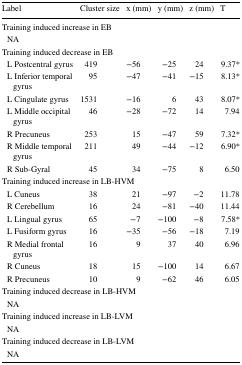
<table><thead><tr><td><b>Label</b></td><td><b>Cluster size</b></td><td><b>x (mm)</b></td><td><b>y (mm)</b></td><td><b>z (mm)</b></td><td><b>T</b></td></tr></thead><tbody><tr><td colspan="6">Training induced increase in EB</td></tr><tr><td> NA</td><td></td><td></td><td></td><td></td><td></td></tr><tr><td colspan="6">Training induced decrease in EB</td></tr><tr><td> L Postcentral gyrus</td><td>419</td><td>−56</td><td>−25</td><td>24</td><td>9.37*</td></tr><tr><td> L Inferior temporal gyrus</td><td>95</td><td>−47</td><td>−41</td><td>−15</td><td>8.13*</td></tr><tr><td> L Cingulate gyrus</td><td>1531</td><td>−16</td><td>6</td><td>43</td><td>8.07*</td></tr><tr><td> L Middle occipital gyrus</td><td>46</td><td>−28</td><td>−72</td><td>14</td><td>7.94</td></tr><tr><td> R Precuneus</td><td>253</td><td>15</td><td>−47</td><td>59</td><td>7.32*</td></tr><tr><td> R Middle temporal gyrus</td><td>211</td><td>49</td><td>−44</td><td>−12</td><td>6.90*</td></tr><tr><td> R Sub-Gyral</td><td>45</td><td>34</td><td>−75</td><td>8</td><td>6.50</td></tr><tr><td colspan="6">Training induced increase in LB-HVM</td></tr><tr><td> L Cuneus</td><td>38</td><td>21</td><td>−97</td><td>−2</td><td>11.78</td></tr><tr><td> R Cerebellum</td><td>16</td><td>24</td><td>−81</td><td>−40</td><td>11.44</td></tr><tr><td> L Lingual gyrus</td><td>65</td><td>−7</td><td>−100</td><td>−8</td><td>7.58*</td></tr><tr><td> L Fusiform gyrus</td><td>16</td><td>−35</td><td>−56</td><td>−18</td><td>7.19</td></tr><tr><td> R Medial frontal gyrus</td><td>16</td><td>9</td><td>37</td><td>40</td><td>6.96</td></tr><tr><td> R Cuneus</td><td>18</td><td>15</td><td>−100</td><td>14</td><td>6.67</td></tr><tr><td> R Precuneus</td><td>10</td><td>9</td><td>−62</td><td>46</td><td>6.05</td></tr><tr><td colspan="6">Training induced decrease in LB-HVM</td></tr><tr><td> NA</td><td></td><td></td><td></td><td></td><td></td></tr><tr><td colspan="6">Training induced increase in LB-LVM</td></tr><tr><td> NA</td><td></td><td></td><td></td><td></td><td></td></tr><tr><td colspan="6">Training induced decrease in LB-LVM</td></tr><tr><td> NA</td><td></td><td></td><td></td><td></td><td></td></tr></tbody></table>